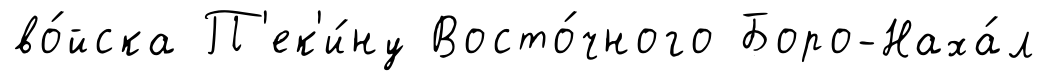
во́йска П'ек'и́ну Восто́чного Боро-Наха́л